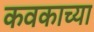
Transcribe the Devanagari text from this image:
कवकाच्या